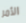
الأمر